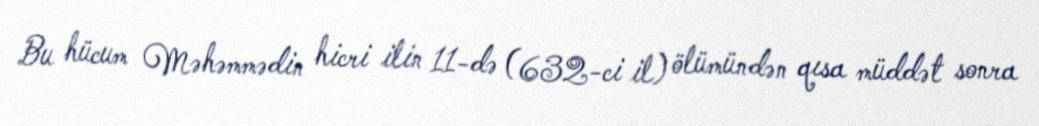
Bu hücum Məhəmmədin hicri ilin 11-də (632-ci il) ölümündən qısa müddət sonra